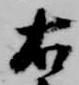
右